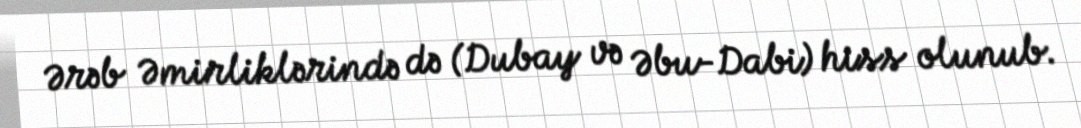
Ərəb Əmirliklərində də (Dubay və Əbu-Dabi) hiss olunub.